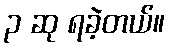
၃ ဆု ရခဲ့တယ်။